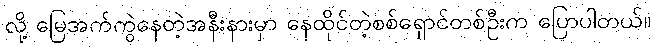
လို့ မြေအက်ကွဲနေတဲ့အနီးနားမှာ နေထိုင်တဲ့စစ်ရှောင်တစ်ဦးက ပြောပါတယ်။